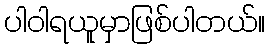
ပါဝါရယူမှာဖြစ်ပါတယ်။